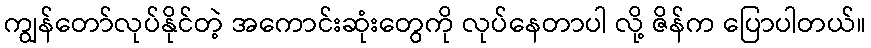
ကျွန်တော်လုပ်နိုင်တဲ့ အကောင်းဆုံးတွေကို လုပ်နေတာပါ လို့ ဇိန်က ပြောပါတယ်။